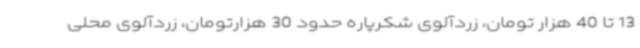
13 تا 40 هزار تومان، زردآلوی شکرپاره حدود 30 هزارتومان، زردآلوی محلی